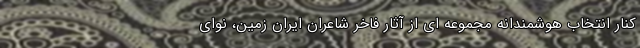
کنار انتخاب هوشمندانه مجموعه ای از آثار فاخر شاعران ایران زمین، نوای